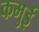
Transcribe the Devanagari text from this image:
कमुई